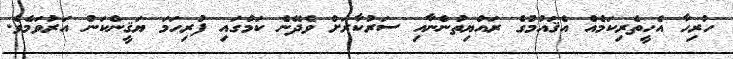
ހުރިހާ އެހީތެރިކަމެއް އެޤައުމުގެ ރައްޔިތުންނާއި ސަރުކާރަށް ވެދޭނެ ކަމުގައި ފުރިހަމަ ޔަޤީންކަން އަރުވަމެވެ.